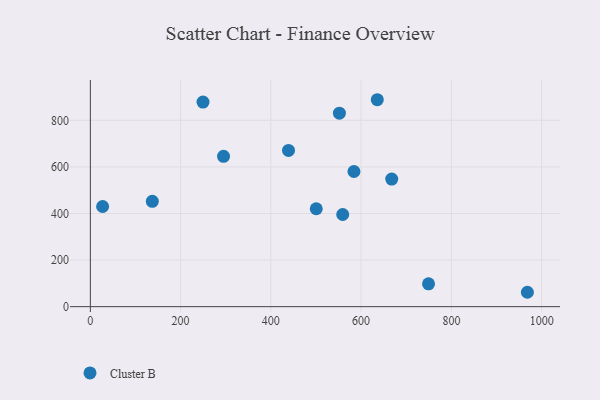
{"axis": {"x": "Engine Size", "y": "Sales"}, "legend": ["Cluster B"], "data": [{"x": "584.1", "y": 580.3, "type": "Cluster B"}, {"x": "968.4", "y": 61.8, "type": "Cluster B"}, {"x": "295.1", "y": 645.4, "type": "Cluster B"}, {"x": "249.6", "y": 878.3, "type": "Cluster B"}, {"x": "635.8", "y": 888.4, "type": "Cluster B"}, {"x": "27.2", "y": 430.1, "type": "Cluster B"}, {"x": "667.8", "y": 547.6, "type": "Cluster B"}, {"x": "559.2", "y": 395.7, "type": "Cluster B"}, {"x": "500.6", "y": 420.4, "type": "Cluster B"}, {"x": "551.9", "y": 830.7, "type": "Cluster B"}, {"x": "749.4", "y": 97.9, "type": "Cluster B"}, {"x": "137.3", "y": 452.1, "type": "Cluster B"}, {"x": "439.1", "y": 670.9, "type": "Cluster B"}]}